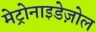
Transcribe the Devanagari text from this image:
मेट्रोनाइडेज़ोल